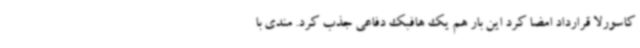
کاسورلا قرارداد امضا کرد این بار هم یک هافبک دفاعی جذب کرد. مندی با